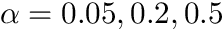
\alpha = 0 . 0 5 , 0 . 2 , 0 . 5